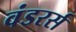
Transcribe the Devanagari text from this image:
वंडरर्स